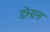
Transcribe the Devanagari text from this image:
डोनास